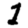
Digit: 1